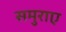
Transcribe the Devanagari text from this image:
समुराए